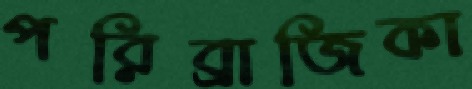
পরিব্রাজিকা